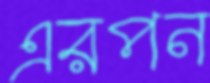
এরপন